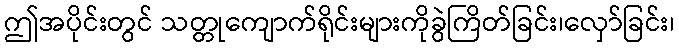
ဤအပိုင်းတွင် သတ္တုကျောက်ရိုင်းများကိုခွဲကြိတ်ခြင်း၊လှော်ခြင်း၊